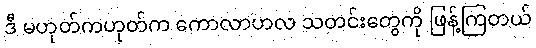
ဒီ မဟုတ်ကဟုတ်က ကောလာဟလ သတင်းတွေကို ဖြန့်ကြတယ်